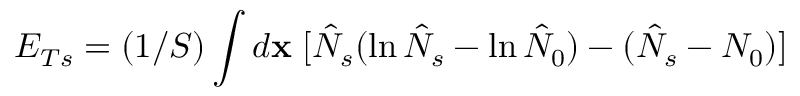
E _ { T s } = ( 1 / S ) \int d { \bf x } \; [ \hat { N } _ { s } ( \ln \hat { N } _ { s } - \ln \hat { N } _ { 0 } ) - ( \hat { N } _ { s } - N _ { 0 } ) ]